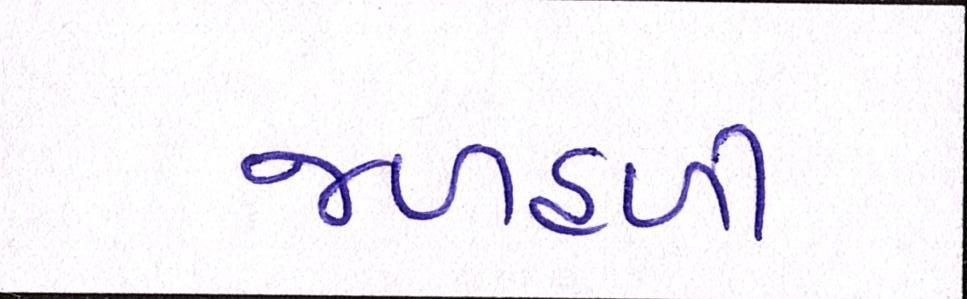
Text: જળહળી